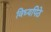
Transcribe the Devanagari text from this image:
विध्यपिठे